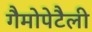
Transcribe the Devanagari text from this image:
गैमोपेटैली